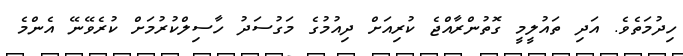
ހިދުމަތެވެ. އަދި ތައުލީމީ ގޮތުންރާއްޖެ ކުރިއަށް ދިއުމުގެ މަގުސަދު ހާސިލްކުރުމަށް ކުރެވޭނޭ އެންމެ